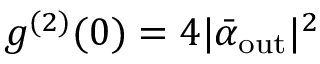
g ^ { ( 2 ) } ( 0 ) = 4 | \bar { \alpha } _ { \mathrm { o u t } } | ^ { 2 }